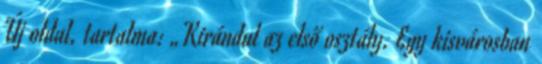
Új oldal, tartalma: „Kirándul az első osztály. Egy kisvárosban